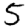
Digit: 5